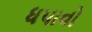
ધપાવો